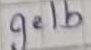
Text: gelb